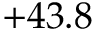
+ 4 3 . 8